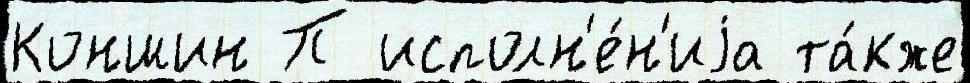
Коншин П исполн'е́н'иjа та́кже